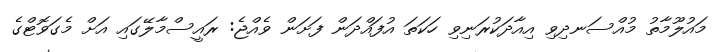
މައުލޫމާތު މުއްސަނދިވި އިއާދަކުރަނިވި ހަކަތަ އުފައްދަން ފަށަން ވެއްޖެ: ރައީސްމާލޭގައި އަށް މެގަވޮޓްގެ